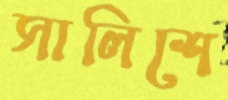
সালিশে